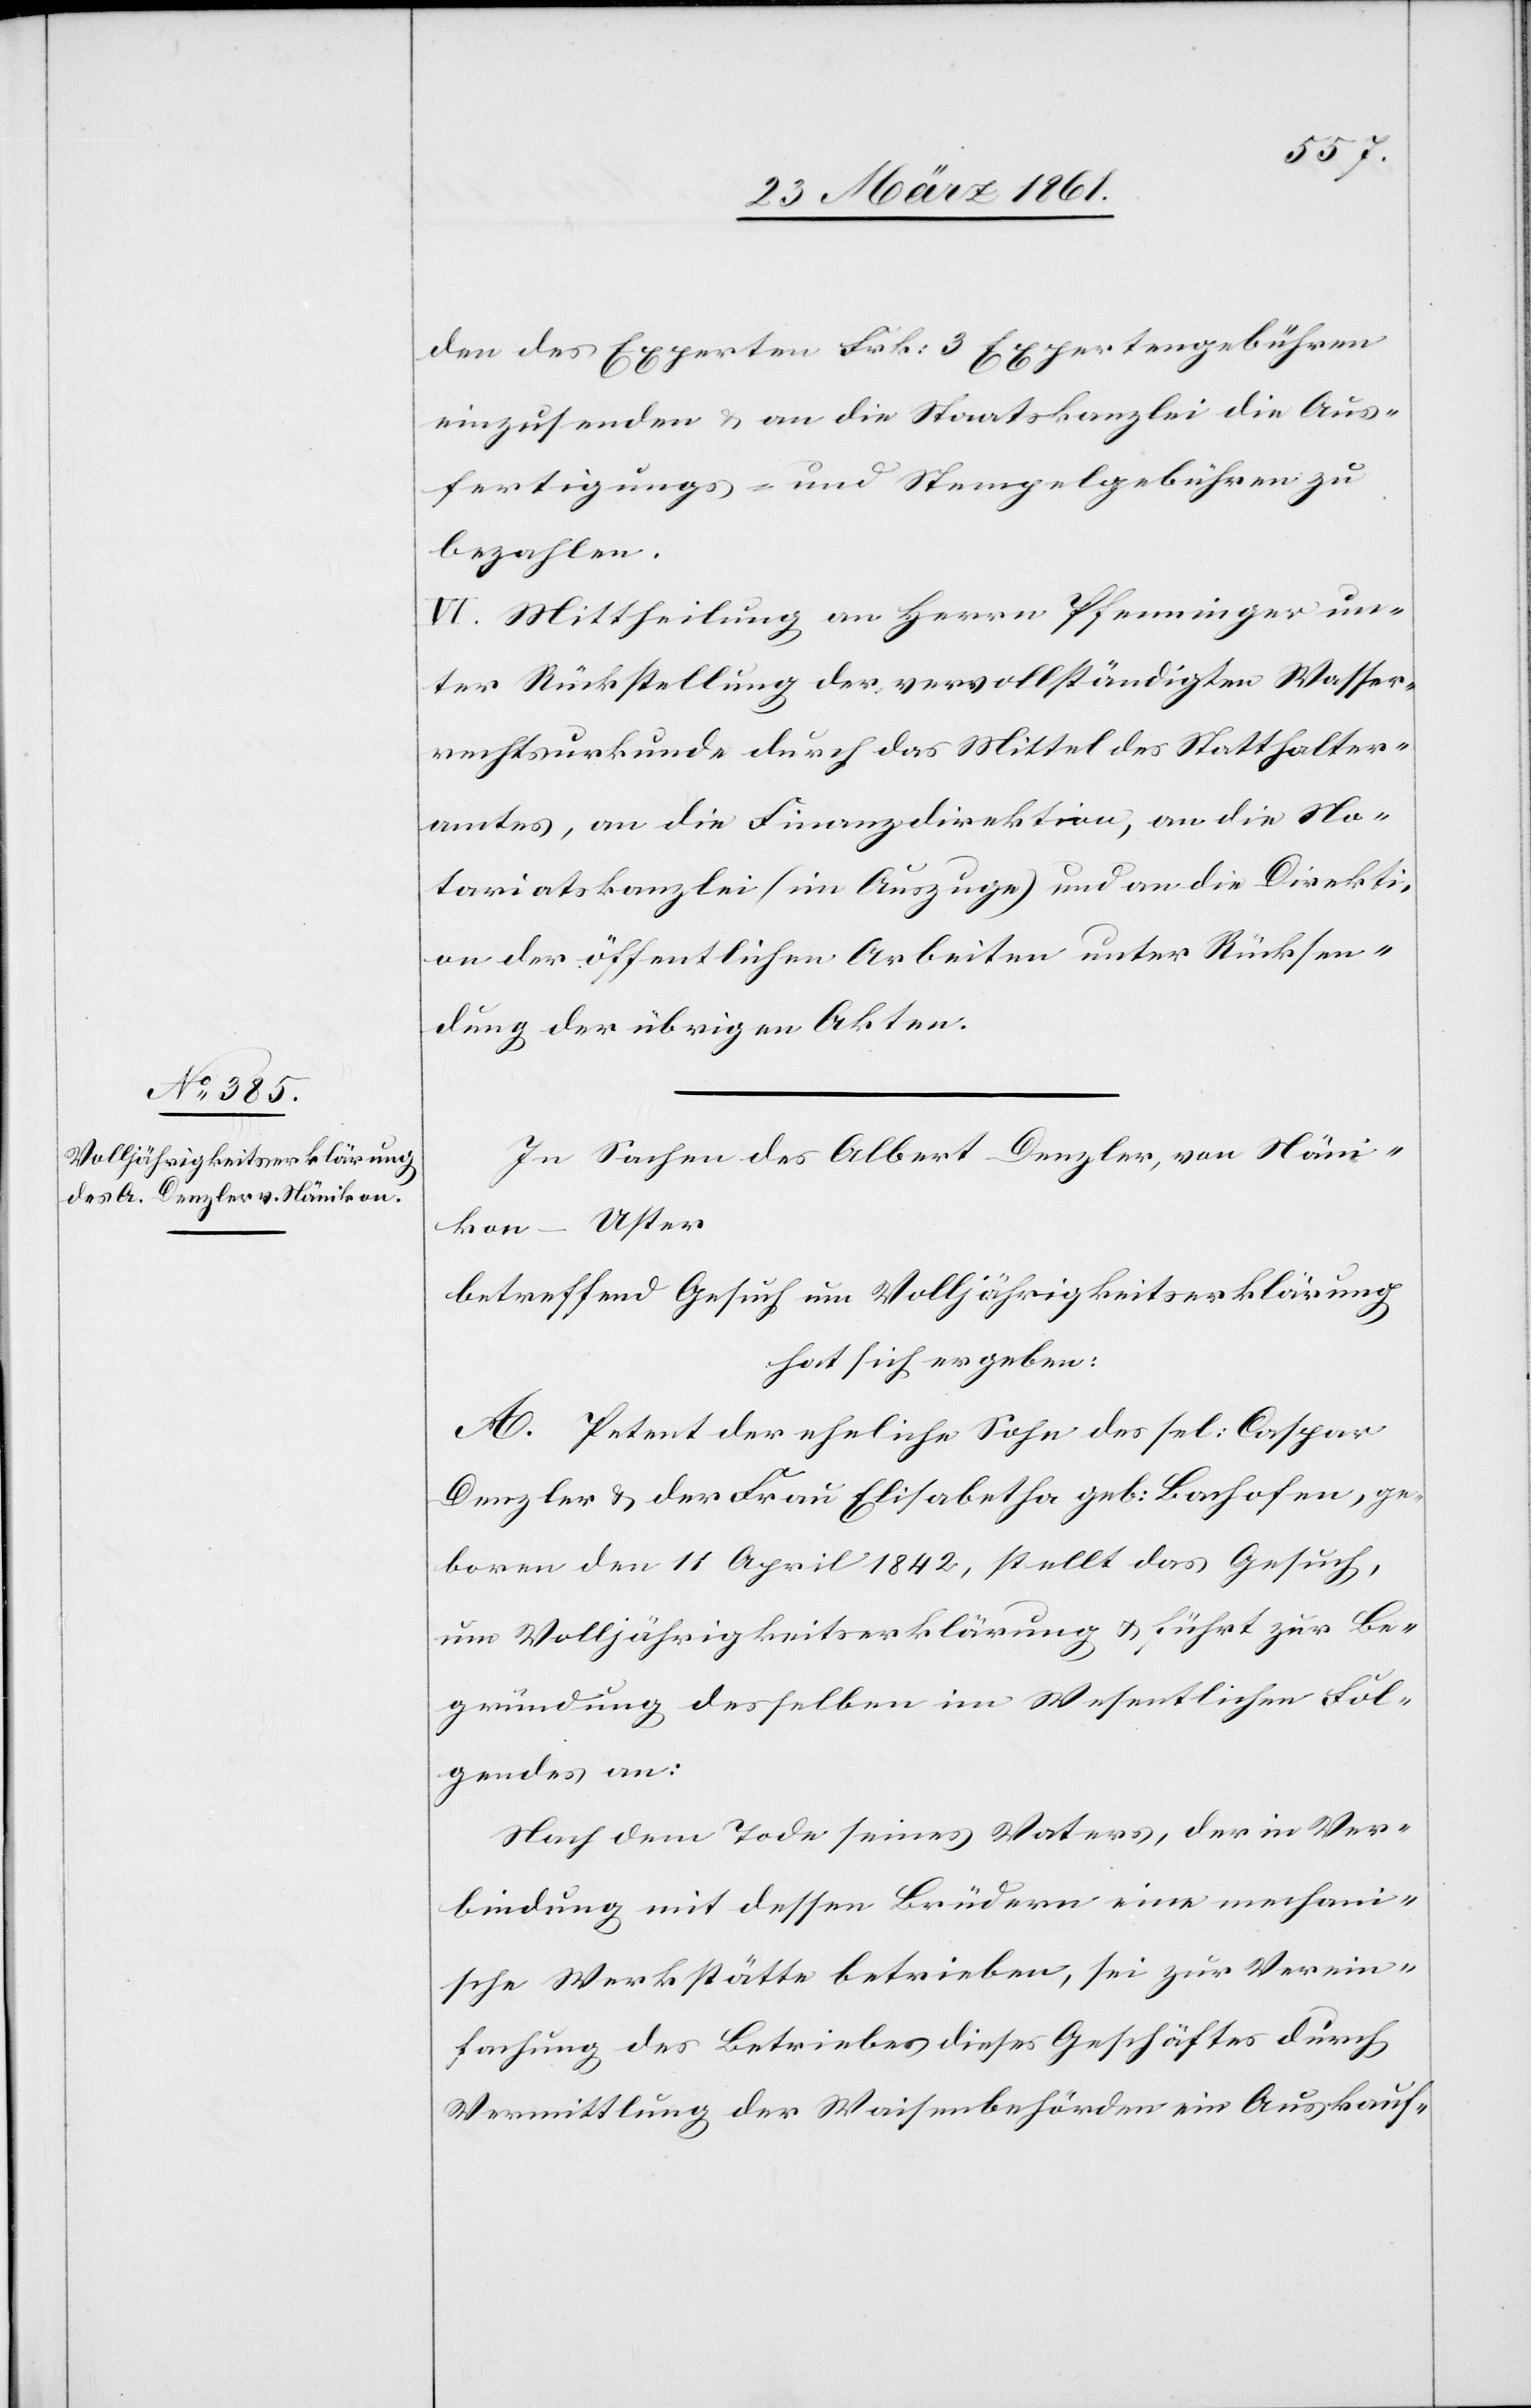
den des Experten Frk: 3 Expertengebühren
einzusenden u. an die Staatskanzlei die Aus¬
fertigungs- und Stempelgebühren zu
bezahlen.
VI. Mittheilung an Herrn Pfenninger un¬
ter Rückstellung der vervollständigten Wasser¬
rechtsurkunde durch das Mittel des Statthalter¬
amtes, an die Finanzdirektion, an die No¬
tariatskanzlei (im Auszuge) und an die Direkti¬
on der öffentlichen Arbeiten unter Rücksen¬
dung der übrigen Akten.
In Sachen des Albert Denzler, von Näni¬
kon–Uster
betreffend Gesuch um Volljährigkeitserklärung
hat sich ergeben:
A. Petent der eheliche Sohn des sel. Caspar
Denzler u. der Frau Elisabetha geb: Bachofen, ge¬
boren den 11. April 1842, stellt das Gesuch,
um Volljährigkeitserklärung u. führt zur Be¬
gründung desselben im Wesentlichen Fol¬
gendes an:
Nach dem Tode seines Vaters, der in Ver¬
bindung mit dessen Brüdern eine mechan¬
ische Werkstätte betrieben, sei zur Verein¬
fachung des Betriebes dieses Geschäftes durch
Vermittlung der Waisenbehörden ein Auskauf-